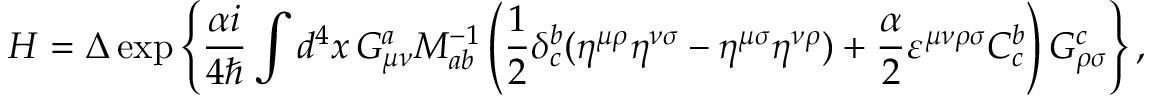
H = \Delta \exp \left\{ \frac { \alpha i } { 4 \hbar } \int d ^ { 4 } x \, G _ { \mu \nu } ^ { a } { \cal M } _ { a b } ^ { - 1 } \left( \frac { 1 } { 2 } \delta _ { c } ^ { b } ( \eta ^ { \mu \rho } \eta ^ { \nu \sigma } - \eta ^ { \mu \sigma } \eta ^ { \nu \rho } ) + \frac { \alpha } { 2 } \varepsilon ^ { \mu \nu \rho \sigma } { \cal C } _ { c } ^ { b } \right) G _ { \rho \sigma } ^ { c } \right\} ,